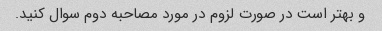
و بهتر است در صورت لزوم در مورد مصاحبه دوم سوال کنید.